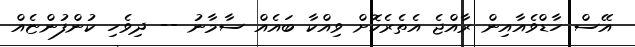
އޭސް ހާޑްވެއާއިން ރާއްޖެ އެތެރެކޮށް ވިއްކާ ބައެއް ސާމާނު -- ދިވެހި ކުންފުންޏެއް